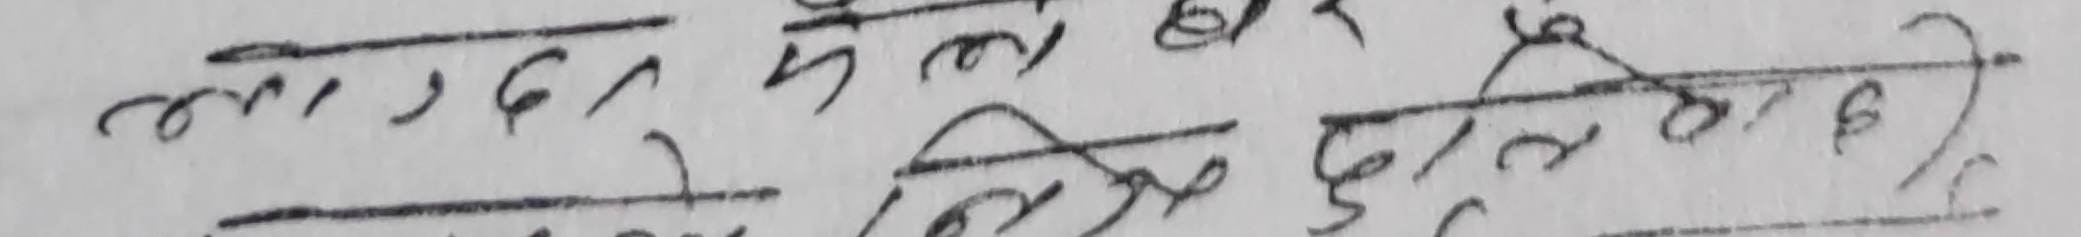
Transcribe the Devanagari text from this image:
लाग्दछ कि दुलत हो कि